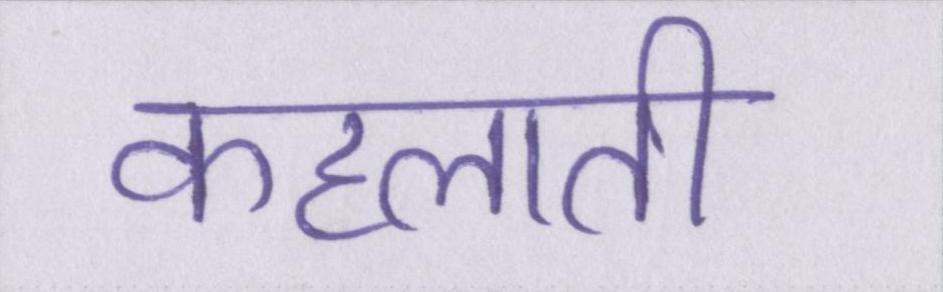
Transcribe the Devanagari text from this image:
कहलाती